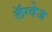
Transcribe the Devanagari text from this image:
लॅंग्वेज